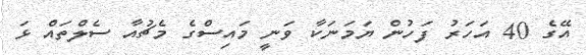
އޭގެ 40 އަހަރު ފަހުން ޔަމަނަކާ ވަނީ މައިސްގެ މެޗުއާ ސެލްތައް ޅަ